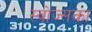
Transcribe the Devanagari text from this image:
स्वोज्सका